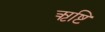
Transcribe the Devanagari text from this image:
ऋष्टि